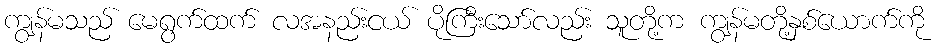
ကျွန်မသည် မေရွက်ထက် လအနည်းငယ် ပိုကြီးသော်လည်း သူတို့က ကျွန်မတို့နှစ်ယောက်ကို